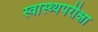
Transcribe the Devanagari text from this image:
स्वास्थ्यपरीक्षा